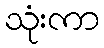
သုံးကာ